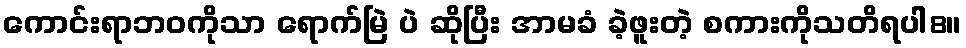
ကောင်းရာဘဝကိုသာ ရောက်မြဲ ပဲ ဆိုပြီး အာမခံ ခဲ့ဖူးတဲ့ စကားကိုသတိရပါ8။